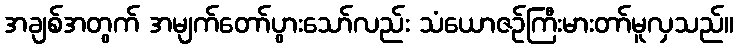
အချစ်အတွက် အမျက်တော်ပွားသော်လည်း သံယောဇဉ်ကြီးမားတာ်မူလှသည်။